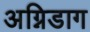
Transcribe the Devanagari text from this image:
अग्निडाग